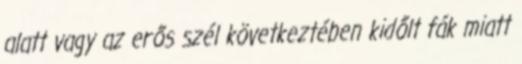
alatt vagy az erős szél következtében kidőlt fák miatt